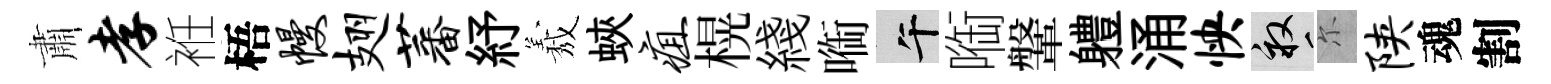
肅孝袵梧幔翅蕃紓𦏁蛺疽榥綫㗸午㗸鞶軆涌怏畝尓陕魂割